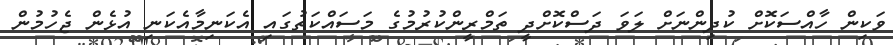
ވަކިން ހާއްސަކޮށް ކުދިންނަށް ލަވަ ދަސްކޮށްދީ ތަމްރީންކުރުމުގެ މަސައްކަތުގައި އެކަނިމާއެކަނި އުޅެން ޖެހުމުން